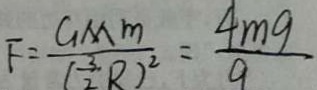
F = \frac { G M m } { ( \frac { 3 } { 2 } R ) ^ { 2 } } = \frac { 4 m g } { 9 }